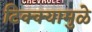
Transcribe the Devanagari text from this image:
टिक्क्यामुळे